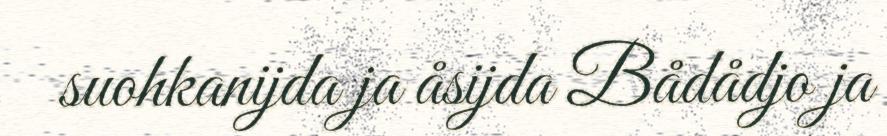
suohkanijda ja åsijda Bådådjo ja